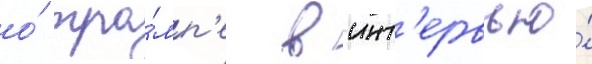
о́ тра́мп'е в инт'ервью́